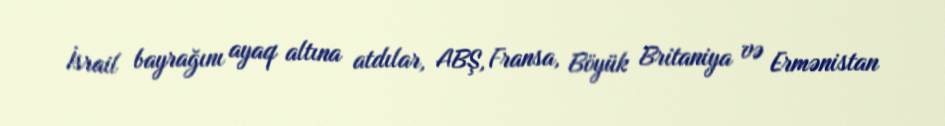
İsrail bayrağını ayaq altına atdılar, ABŞ, Fransa, Böyük Britaniya və Ermənistan